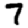
Digit: 7